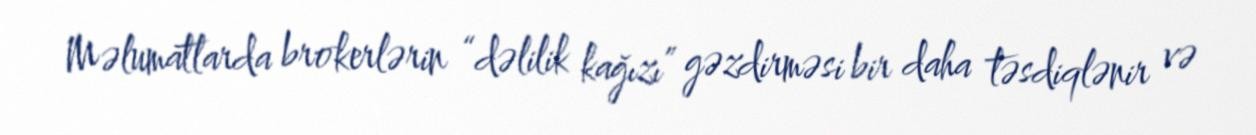
Məlumatlarda brokerlərin “dəlilik kağızı” gəzdirməsi bir daha təsdiqlənir və